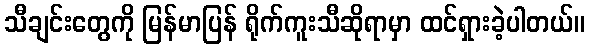
သီချင်းတွေကို မြန်မာပြန် ရိုက်ကူးသီဆိုရာမှာ ထင်ရှားခဲ့ပါတယ်။